65_HS1-834228961_62-HQ-83894_Section_4
Agency: FBI
Page 173
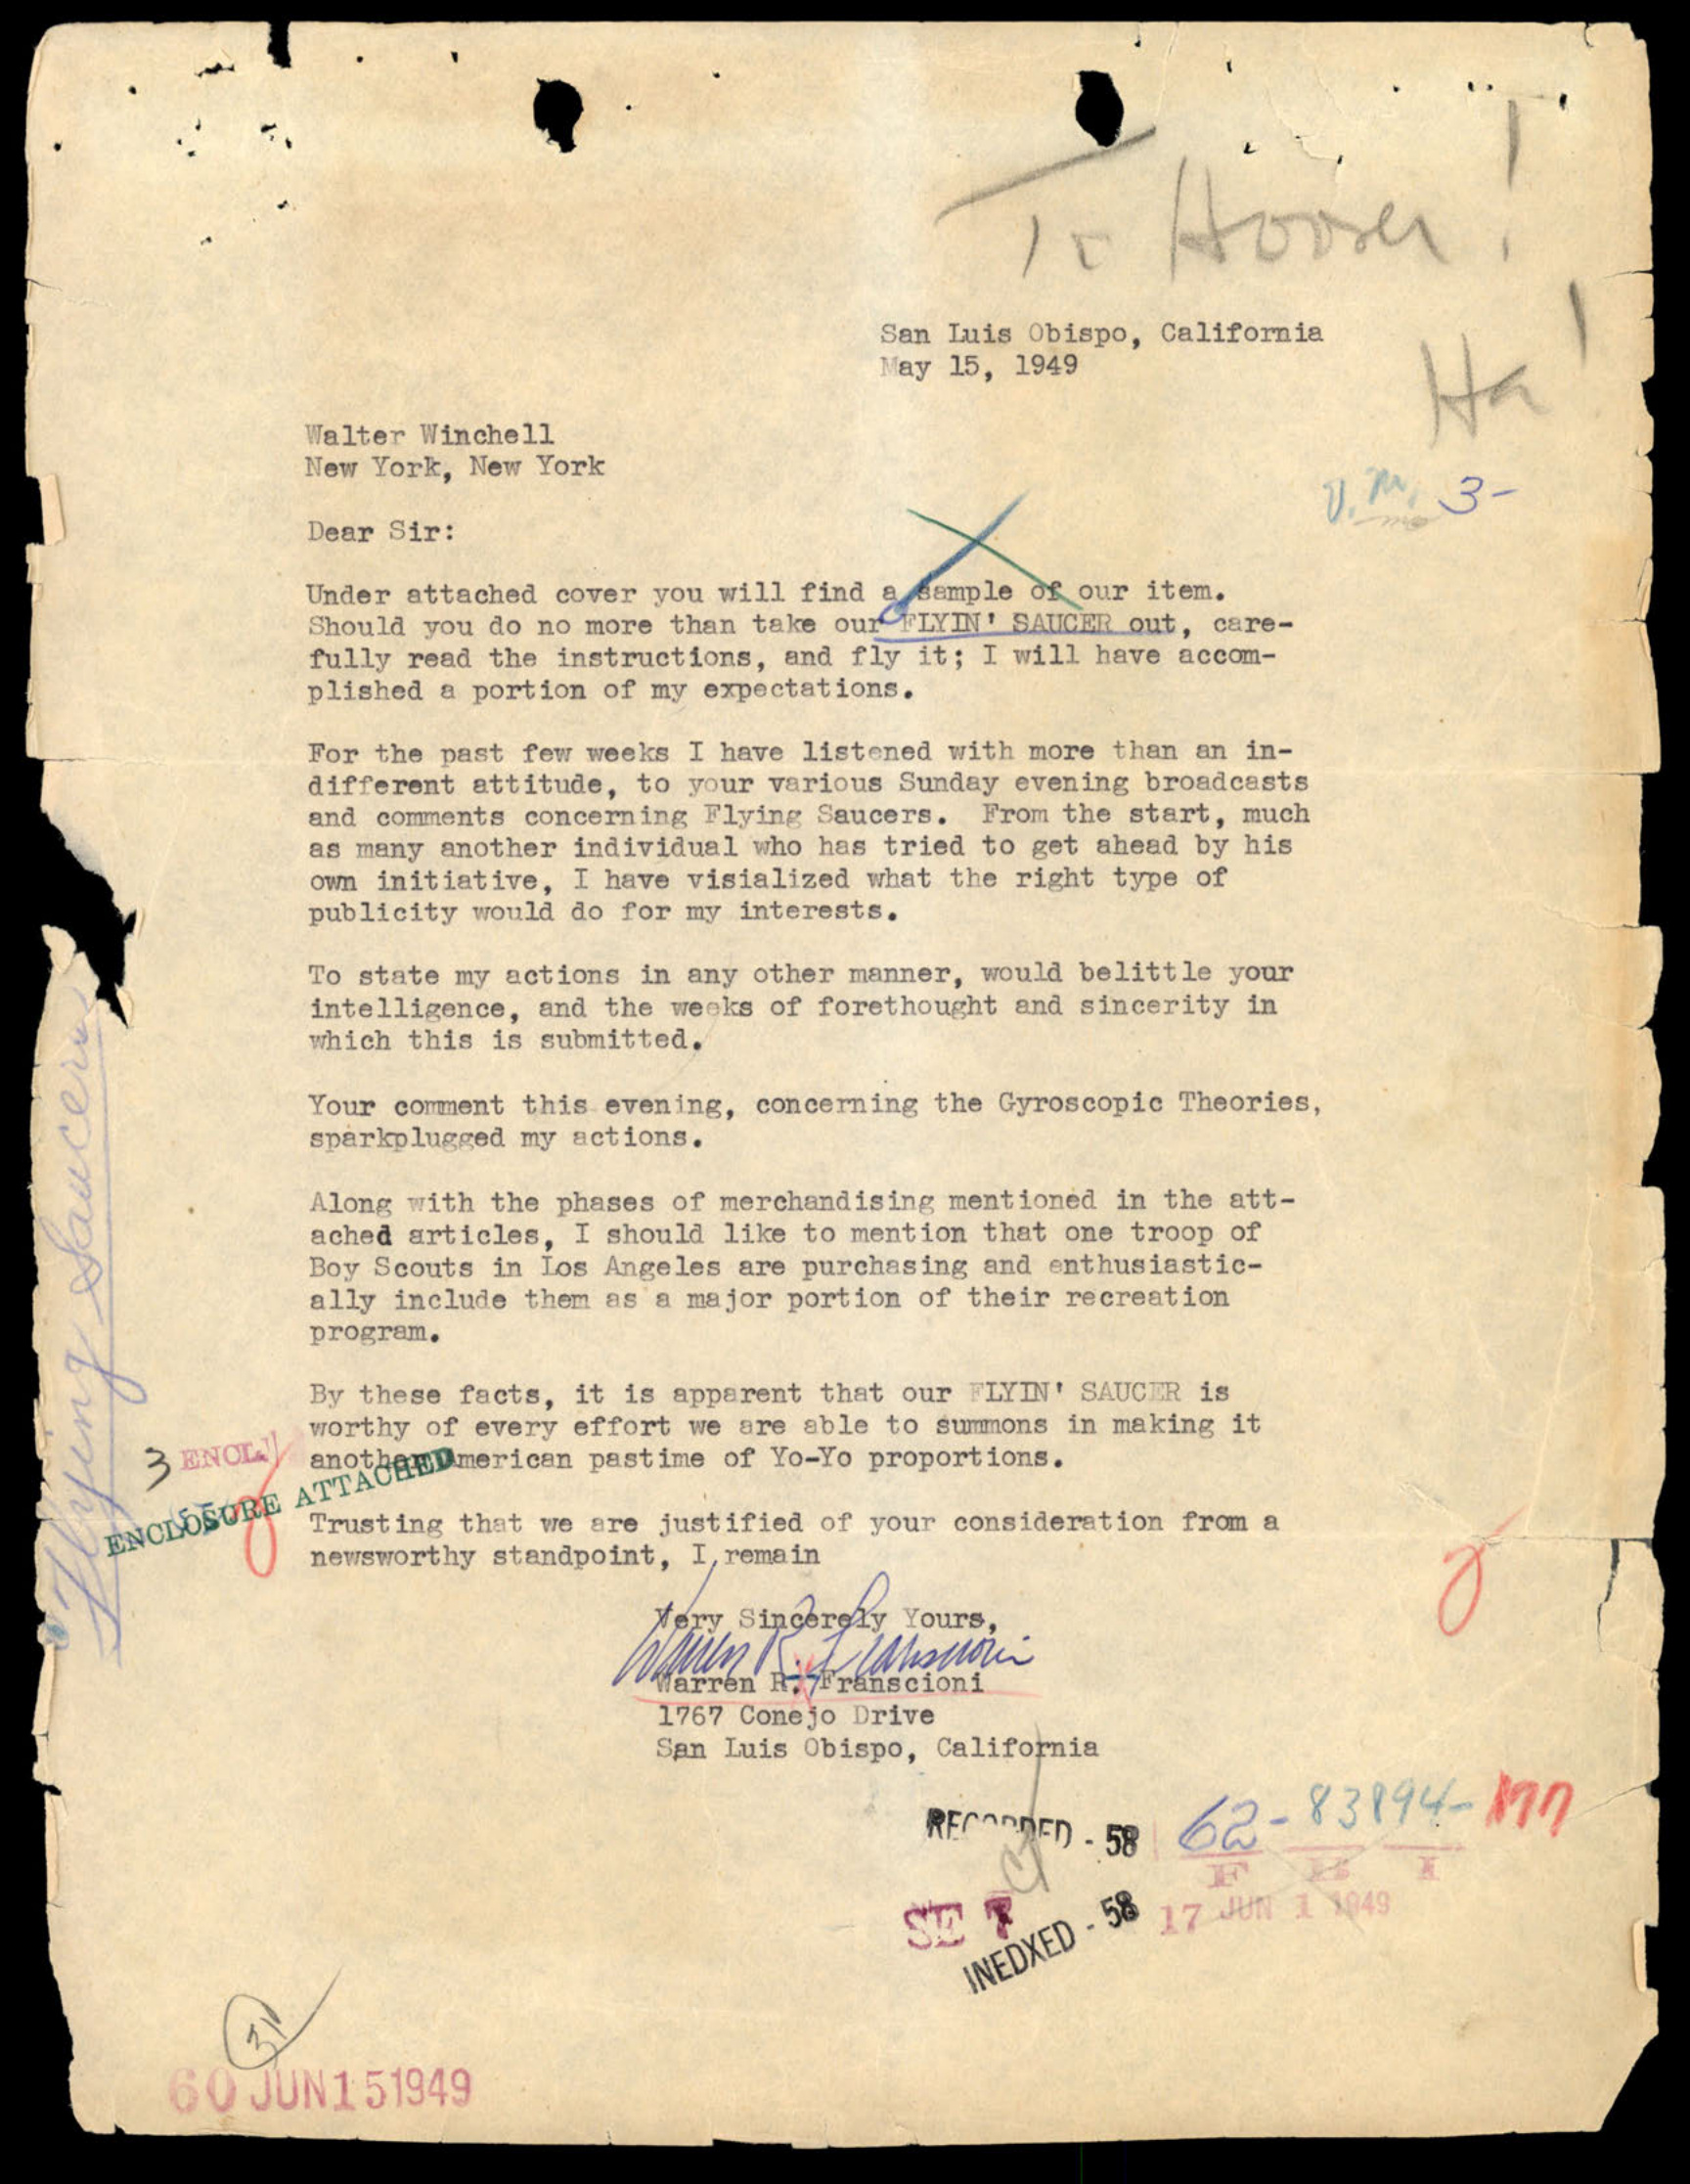